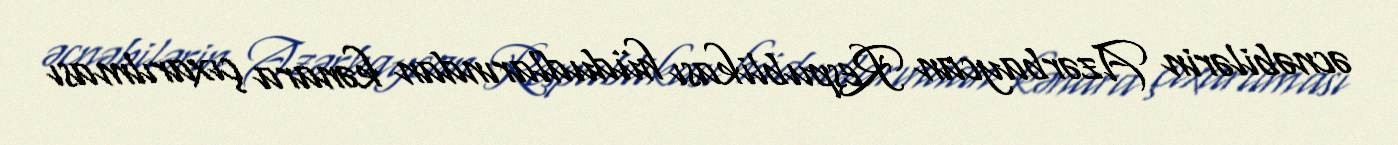
əcnəbilərin Azərbaycan Respublikası hüdudlarından kənara çıxarılması